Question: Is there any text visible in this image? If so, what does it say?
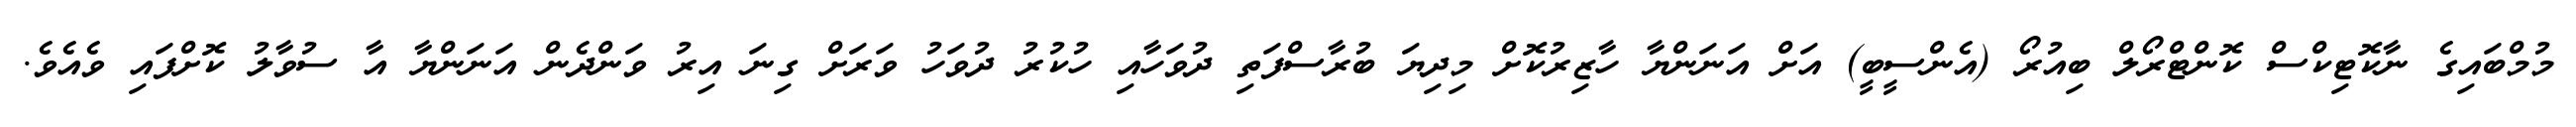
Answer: މުމްބައިގެ ނާކޮޓިކްސް ކޮންޓްރޯލް ބިއުރޯ (އެންސީބީ) އަށް އަނަންޔާ ހާޒިރުކޮށް މިދިޔަ ބުރާސްފަތި ދުވަހާއި ހުކުރު ދުވަހު ވަރަށް ގިނަ އިރު ވަންދެން އަނަންޔާ އާ ސުވާލު ކޮށްފައި ވެއެވެ.